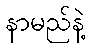
နာမည်နဲ့